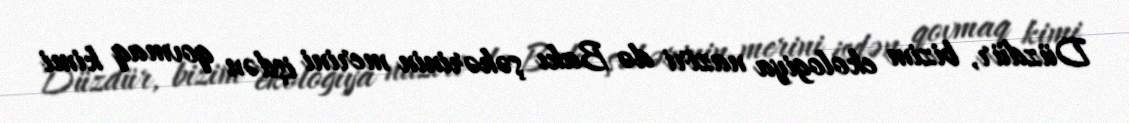
Düzdür, bizim ekologiya naziri də Bakı şəhərinin merini işdən qovmaq kimi